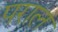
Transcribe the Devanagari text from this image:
पराल